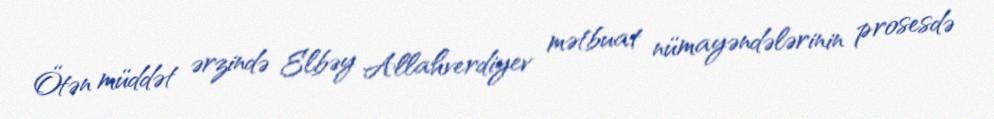
Ötən müddət ərzində Elbəy Allahverdiyev mətbuat nümayəndələrinin prosesdə